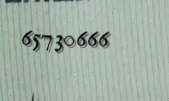
65730666